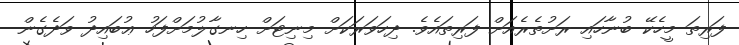
ފަރިތަ މީހެކޭ ބުނާހައި ރަށުތެރެއަށް ފަރިތައެވެ. ދިހަވަރަކަށް މިނިޓަށް ހިނގާލުމަށްފަހު ޢުބައިދު ވަދެގެން